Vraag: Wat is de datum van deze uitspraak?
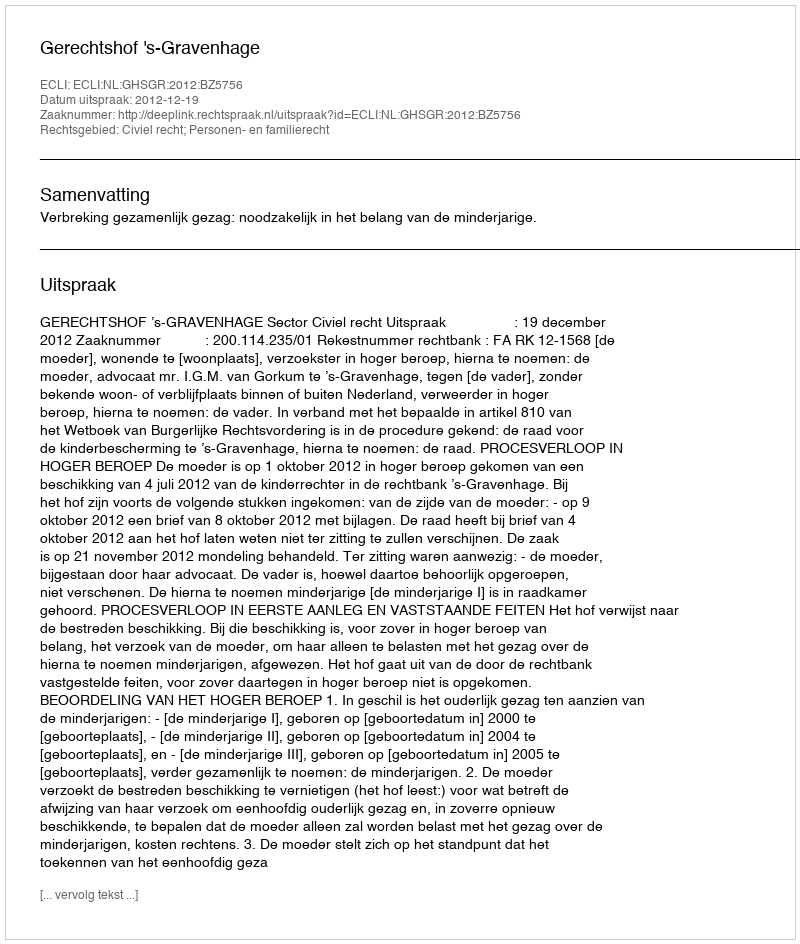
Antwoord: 2012-12-19